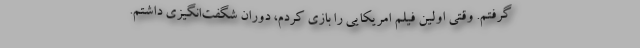
گرفتم. وقتی اولین فیلم امریکایی را بازی کردم، دوران شگفت‌انگیزی داشتم.